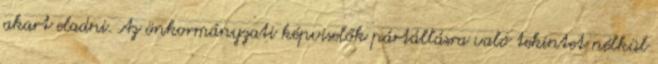
akart eladni. Az önkormányzati képviselők pártállásra való tekintet nélkül